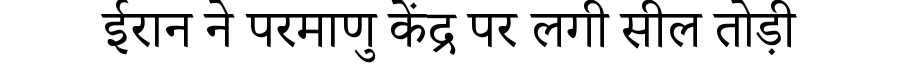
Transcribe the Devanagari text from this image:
ईरान ने परमाणु केंद्र पर लगी सील तोड़ी